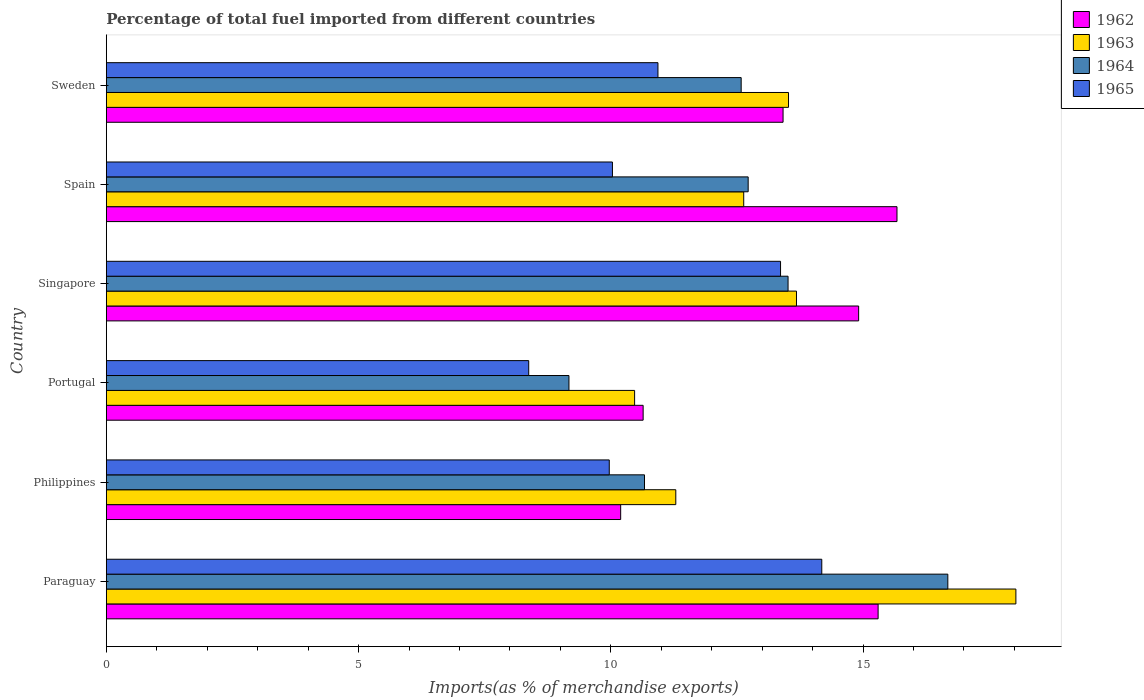
| Country | 1962 | 1963 | 1964 | 1965 |
 | --- | --- | --- | --- | --- |
 | Paraguay | 15.3 | 18 | 16.7 | 14.2 |
 | Philippines | 10.2 | 11.3 | 10.7 | 9.97 |
 | Portugal | 10.6 | 10.5 | 9.17 | 8.37 |
 | Singapore | 14.9 | 13.7 | 13.5 | 13.4 |
 | Spain | 15.7 | 12.6 | 12.7 | 10 |
 | Sweden | 13.4 | 13.5 | 12.6 | 10.9 |